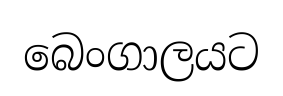
බෙංගාලයට